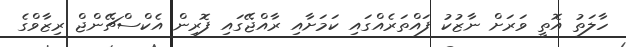
ހާލަތު އޮތީ ވަރަށް ނާޒުކު ފައްތަރެއްގައި ކަމަށާއި ރާއްޖޭގައި ފޮރިން އެކްސްޗޭންޖް ރިޒާވްގެ